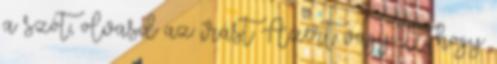
a szót, olvasd az írást Azért vagy itt, hogy